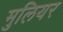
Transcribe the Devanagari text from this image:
मुलियर